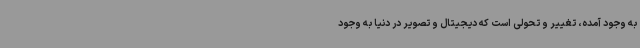
به وجود آمده، تغییر و تحولی است که دیجیتال و تصویر در دنیا به وجود